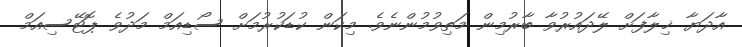
އާދަޔާ ޚިލާފަށް ލޭދައުރުވާ ބާރުމިން މަތިވުމުންނެވެ. މިކަން ކުޑަކުރުމަށް ސޯޑިއަމް މަދުވެ ޕޮޓޭސިއަމް